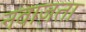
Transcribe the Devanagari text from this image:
नवाज़ता